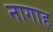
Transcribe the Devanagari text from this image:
नागाह